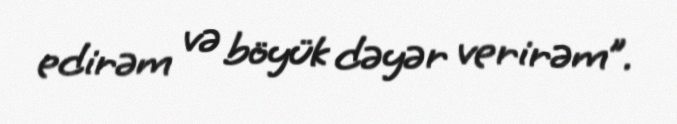
edirəm və böyük dəyər verirəm”.